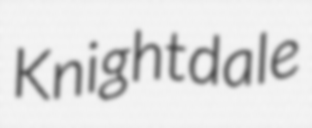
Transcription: Knightdale